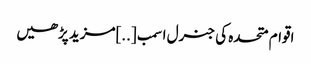
اقوام متحدہ کی جنرل اسمب [..]مزید پڑھیں